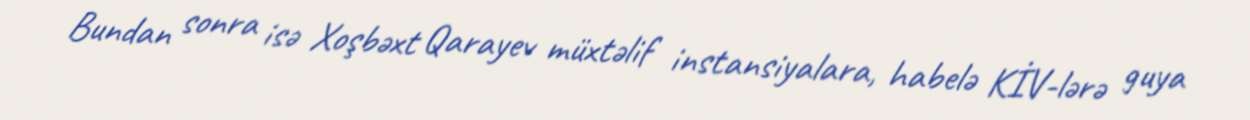
Bundan sonra isə Xoşbəxt Qarayev müxtəlif instansiyalara, habelə KİV-lərə guya